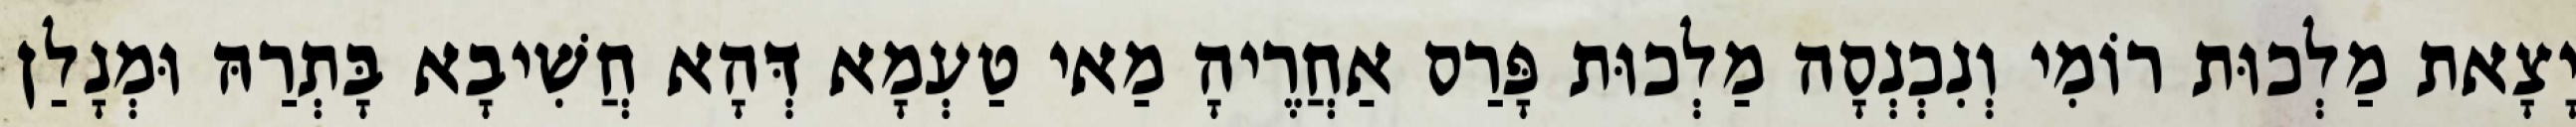
יָצָאת מַלְכוּת רוֹמִי וְנִכְנְסָה מַלְכוּת פָּרַס אַחֲרֶיהָ מַאי טַעְמָא דְּהָא חֲשִׁיבָא בָּתְרַהּ וּמְנָלַן